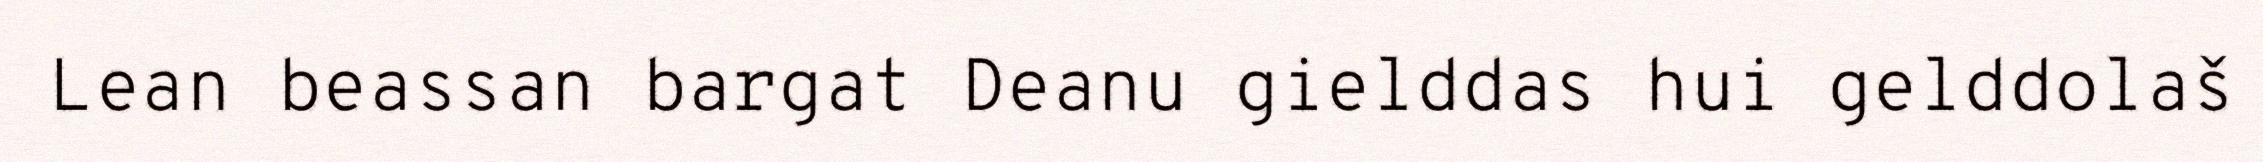
Lean beassan bargat Deanu gielddas hui gelddolaš